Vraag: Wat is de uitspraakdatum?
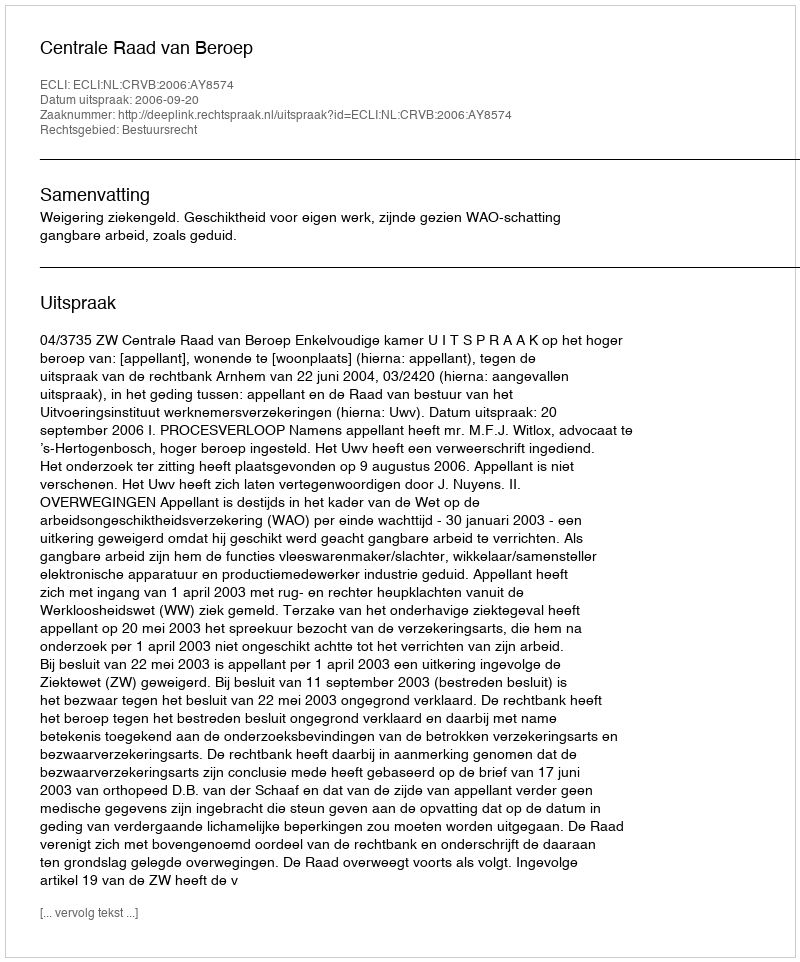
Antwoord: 2006-09-20